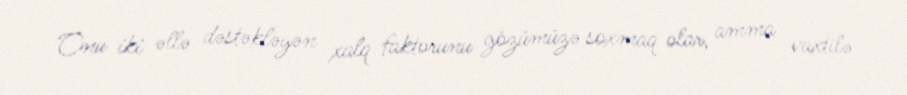
Onu iki əllə dəstəkləyən xalq faktorunu gözümüzə soxmaq olar, amma vaxtilə